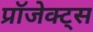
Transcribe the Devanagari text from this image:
प्रॉजेक्ट्स